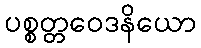
ပစ္စတ္တဝေဒနိယော